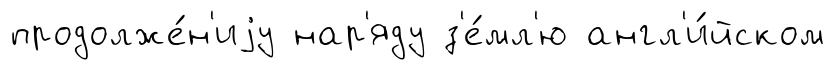
продолже́н'иjу нар'яду з'е́мл'ю англ'и́йском